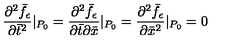
\frac { \partial ^ { 2 } \bar { f } _ { \epsilon } } { \partial \bar { t } ^ { 2 } } | _ { P _ { 0 } } = \frac { \partial ^ { 2 } \bar { f } _ { \epsilon } } { \partial \bar { t } \partial \bar { x } } | _ { P _ { 0 } } = \frac { \partial ^ { 2 } \bar { f } _ { \epsilon } } { \partial \bar { x } ^ { 2 } } | _ { P _ { 0 } } = 0